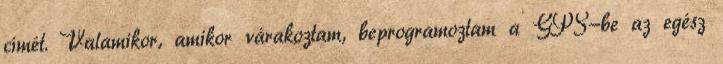
címét. Valamikor, amikor várakoztam, beprogramoztam a GPS-be az egész